Lunatic asylums Central Provinces reports 1895-1909 - 1895-1909
Year: 1895
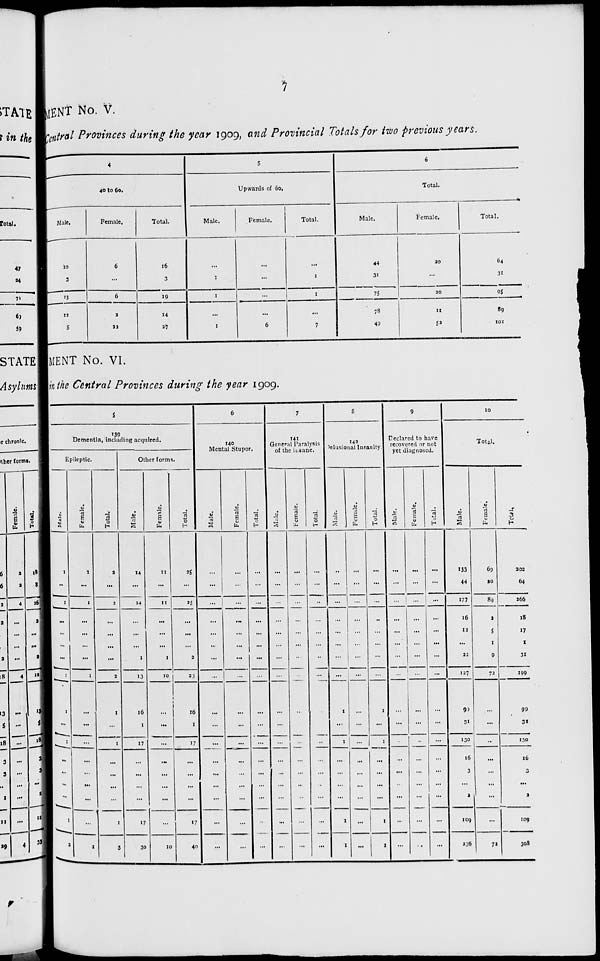
7
MENT No. V.
Central Provinces during the year 1909, and Provincial Totals for two previous years.
4
40 to 60.
Male.
10
3
13
12
5
Female.
6
...
6
2
22
Total.
16
3
19
14
27
5
Upwards of 60.
Male.
...
1
1
...
1
Female.
...
...
...
...
6
Total.
...
1
1
...
7
6
Total.
Male.
44
31
75
78
49
Female.
20
...
20
11
52
Total.
64
31
95
89
101
MENT No. VI.
in the Central Provinces during the year 1909.
5
139
Dementia, including acquired.
Epileptic.
Male.
1
...
1
...
...
...
...
1
1
...
1
...
...
...
...
1
2
Female.
1
...
1
...
...
...
...
1
...
...
...
...
...
...
...
...
1
Total.
2
...
2
...
...
...
...
2
1
...
1
...
...
...
...
1
3
Other forms.
Male.
14
...
14
...
...
...
1
13
16
1
17
...
...
...
...
17
30
Female.
11
...
11
...
...
...
1
10
...
...
...
...
...
...
...
...
10
Total.
25
...
25
...
...
...
2
23
16
1
17
...
...
...
...
17
40
6
140
Mental Stupor.
Male.
...
...
...
...
...
...
...
...
...
...
...
...
...
...
...
...
...
Female.
...
...
...
...
...
...
...
...
...
...
...
...
...
...
...
...
...
Total.
...
...
...
...
...
...
...
...
...
...
...
...
...
...
...
...
...
7
141
General Paralysis
of the insane.
Male.
...
...
...
...
...
...
...
...
...
...
...
...
...
...
...
...
...
Female.
...
...
...
...
...
...
...
...
...
...
...
...
...
...
...
...
...
Total.
...
...
...
...
...
...
...
...
...
...
...
...
...
...
...
...
...
8
143
Delusional Insanity.
Male.
...
...
...
...
...
...
...
...
1
...
1
...
...
...
...
1
1
Female.
...
...
...
...
...
...
...
...
...
...
...
...
...
...
...
...
...
Total.
...
...
...
...
...
...
...
...
1
...
1
...
...
...
...
1
1
9
Declared to have
recovered or not
yet diagnosed.
Male.
...
...
...
...
...
...
...
...
...
...
...
...
...
...
...
...
...
Female.
...
...
...
...
...
...
...
...
...
...
...
...
...
...
...
...
...
Total.
...
...
...
...
...
...
...
...
...
...
...
...
...
...
...
...
10
Total.
Male.
133
44
177
16
12
...
22
127
99
31
130
16
3
...
2
109
236
Female.
69
20
89
2
5
1
9
72
...
...
...
...
...
...
...
...
72
Total.
202
64
266
18
17
1
31
199
99
31
130
16
3
...
2
109
308